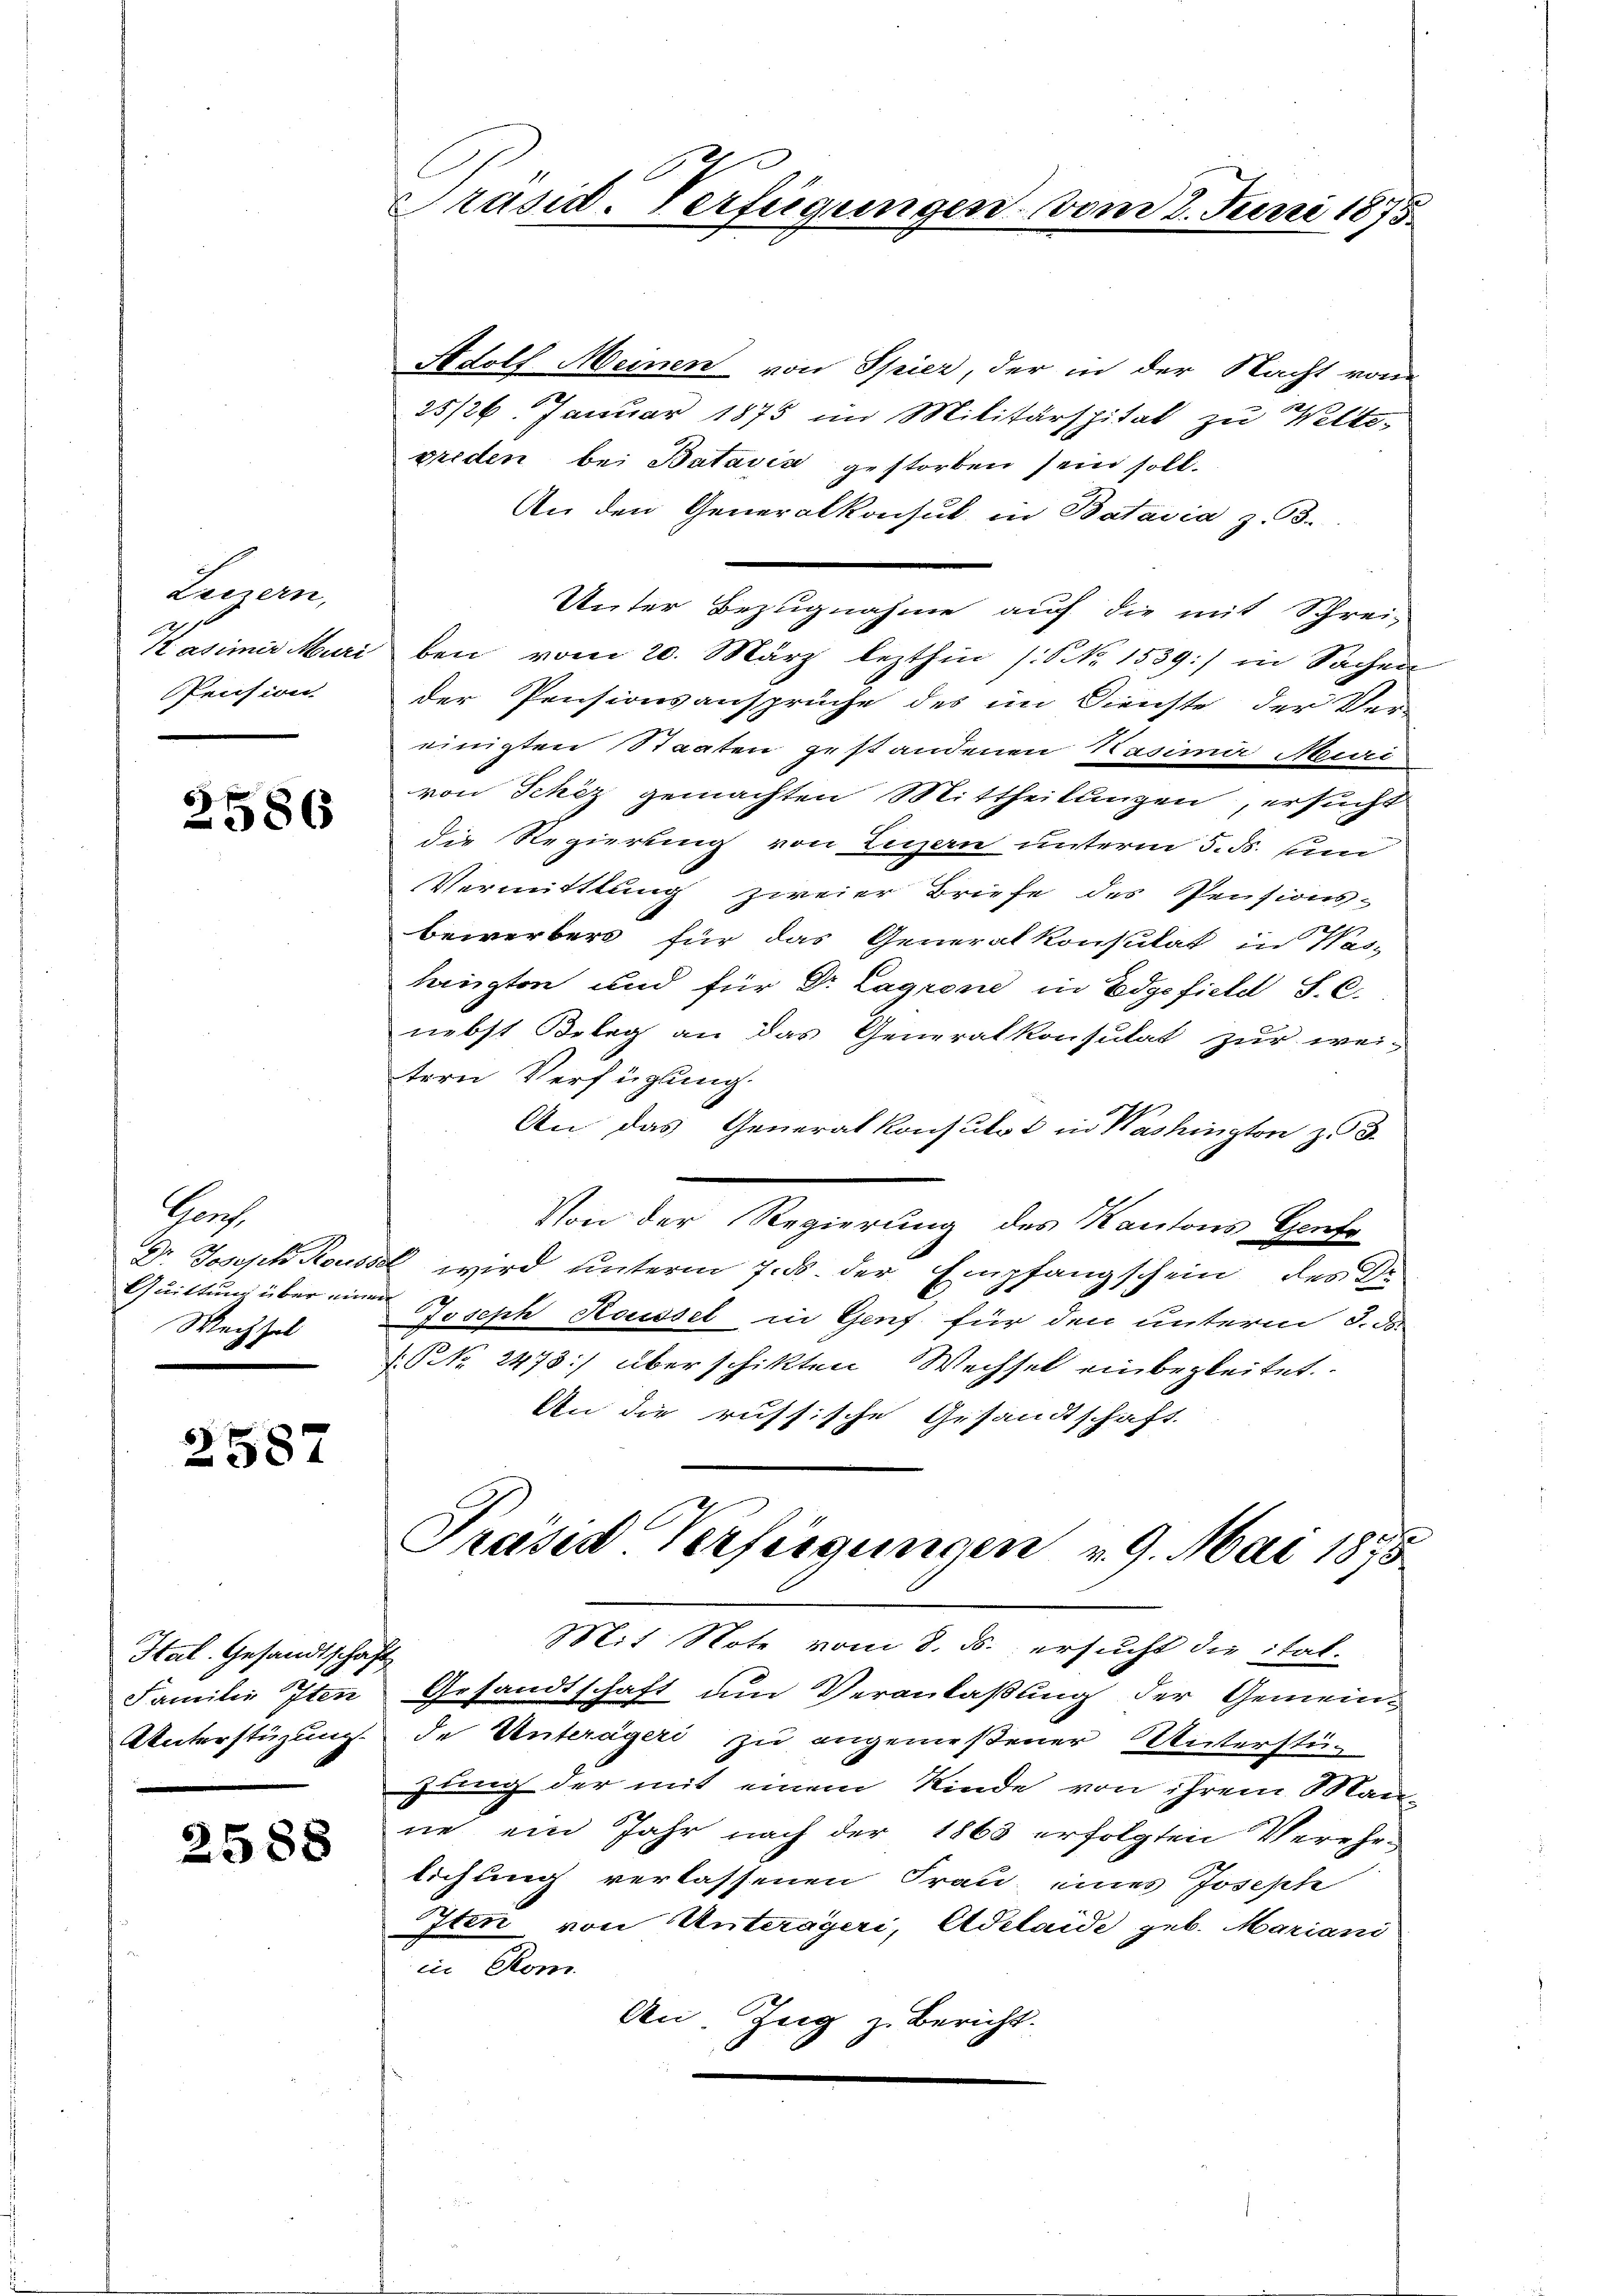
Luzern,
A 2
12 adimir Muri
Pension.

.
2586

Hoch
Dr. Joseph Rouss
Quittung über ein
Wechsel

2587

Hal. Gesandtschaft
Familie Iten
Unterstüzung.

2588

Präsid. Verfügungen vom 2. Juni 1875

Adolf Meinen von Spier, der in der Nacht von
25/26. Januar 1875 im Militärspital zu Welts-
briden bei Batavia gestorben sein soll.
An den Generalkonsul in Batavia z. B.
Unter Bezugnahme auf die mit Schrei-
ben vom 20. März lezthin (: NNo. 1539:/ in Sachen
der Pensionsansprüche des im Dienste der Ver-
einigten Staaten gestandenen Kasima Muri
von Schiz gemachten Mittheilungen, ersucht
die Regierung von Luzern unterm 5. ds. und
Vermittlung zweier Briefe des Pensionsbewerbers für das Generalkonsulat in Was-
langten und für Dr. Lagrone in Edgefiele S. C.
nebst Beleg an das Generalkonsulat zur wei-
tern Verfügung.
An das Generalkonsulat in Washington zu 3.
Von der Regierung des Kantons Genfe
 wird unterm 7. ds. der Empfangschein des Dr
Joseph Koussel in Genf für den unterm 3. d.
 NNo. 2473) überschikten Wechsel einbegleitet.
An die russische Gesandtschaft.
Preises Verfügungen v. 9. Mai 1875.
Mit Note vom 8. ds. ersucht die ital-
Gesandtschaft um Veranlaßung der Gemeinde Unterägeri zu angemeßener Unterstüzung der mit einem Kinde von ihrem Man
ne ein Jahr nach der 1863 erfolgten Verehelichung verlassenen Frau eines Joseph
Iten von Unterägeri, Adelaide geb. Mariani
in Rom.
An. Zug z. Bericht.